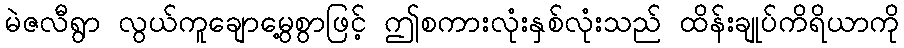
မဲဇလီရွာ လွယ်ကူချောမွေ့စွာဖြင့် ဤစကားလုံးနှစ်လုံးသည် ထိန်းချုပ်ကိရိယာကို